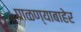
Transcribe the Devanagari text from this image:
पाळण्याबाहेर